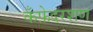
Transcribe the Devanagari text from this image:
कँफ़ेदरशण